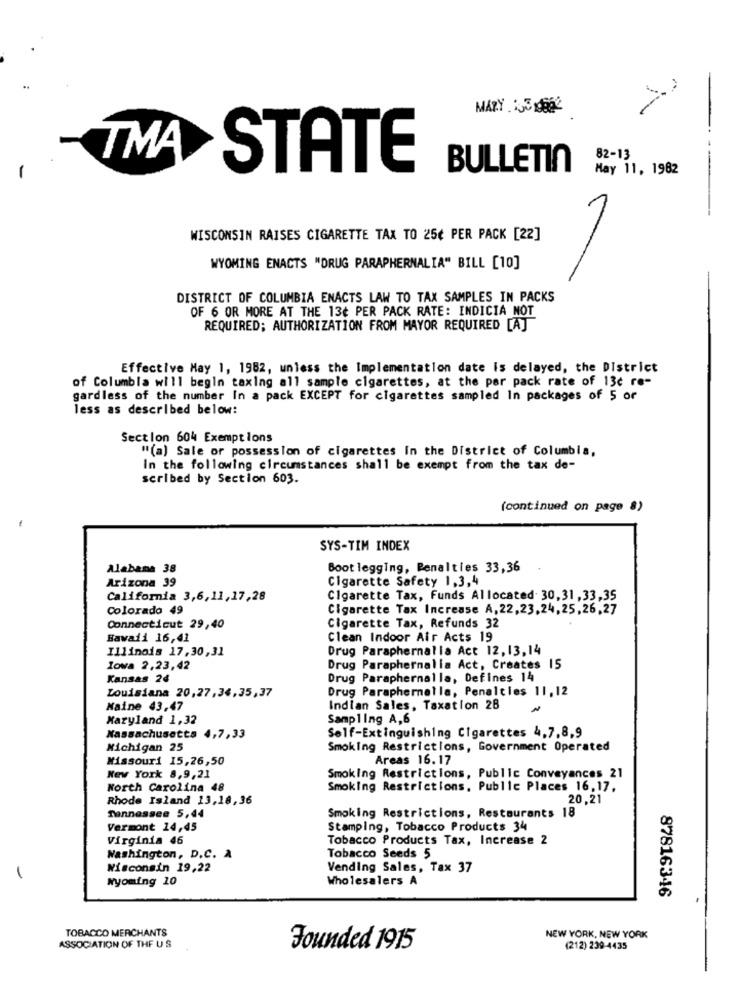
MARY :5 9
TMA
82-13
STATE
BULLETIN
May 11, 1982
WISCONSIN RAISES CIGARETTE TAX TO 25¢ PER PACK [22]
WYOMING ENACTS "DRUG PARAPHERNALIA" BILL [10]
DISTRICT OF COLUMBIA ENACTS LAW TO TAX SAMPLES IN PACKS
OF 6 OR MORE AT THE 13¢ PER PACK RATE: INDICIA NOT
REQUIRED; AUTHORIZATION FROM MAYOR REQUIRED [A]
Effective May 1, 1982, unless the Implementation date is delayed, the District
of Columbia will begin taxing all sample cigarettes, at the per pack rate of 13c re-
gardless of the number In a pack EXCEPT for cigarettes sampled In packages of 5 of
less as described below:
Section 604 Exemptions
"(a) Sale or possession of cigarettes In the District of Columbia,
In the following circumstances shall be exempt from the tax de-
scribed by Section 603.
(continued on page 8)
SYS-TIM INDEX
Alabama 38
Boot legging, Penalties 33,36
Arizona 39
Cigarette Safety 1,3,4
California 3,6,11,17,28
Cigarette Tax, Funds Allocated 30,31, 33,35
Colorado 49
Cigarette Tax Increase A, 22,23,24,25,26,27
Connecticut 29,40
Cigarette Tax, Refunds 32
Hawaii 16,41
Clean Indoor Air Acts 19
Illinois 17,30,31
Drug Paraphernalia Act 12,13,14
Iowa 2,23,42
Drug Paraphernalia Act, Creates 15
Kansas 24
Drug Paraphernalla, Defines 14
Drug Paraphernalia, Penalties 11,12
Louisiana 20,27,36,35,37
Naine 43.47
Indian Sales, Taxation 28
Maryland 1,32
Sampling A,6
Self-Extinguishing Cigarettes 4,7,8,9
Massachusetts 4,7,33
Michigan 25
Smoking Restrictions, Government Operated
Missouri 15,26,50
Areas 16.17
New York 8,9,21
Smoking Restrictions, Public Conveyances 21
North Carolina 48
Smoking Restrictions, Public Places 16,17,
Rhode Island 13,18,36
20,21
Tennessee 5,44
Smoking Restrictions, Restaurants 18
Vermont 14,45
Stamping, Tobacco Products 34
Virginia 46
Tobacco Products Tax, Increase 2
Washington, D.C. A
Tobacco Seeds 5
Wisconsin 19,22
Vending Sales, Tax 37
wyoming 10
Wholesalers A
87816346
TOBACCO MERCHANTS
NEW YORK, NEW YORK
ASSOCIATION OF THE U S
Founded 1915
(212) 239-4435